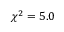
\chi ^ { 2 } = 5 . 0